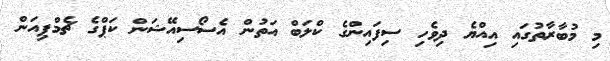
މި މުބާރާތުގައި އިއްޔެ ދިވެހި ސިފައިންގެ ކްލަބް އަތުން އެސޯސިއޭޝަން ކަޕްގެ ޗެމްޕިއަން